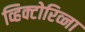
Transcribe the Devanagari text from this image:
व्हिक्टोरिव्ना